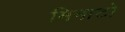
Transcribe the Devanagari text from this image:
मिनाटो